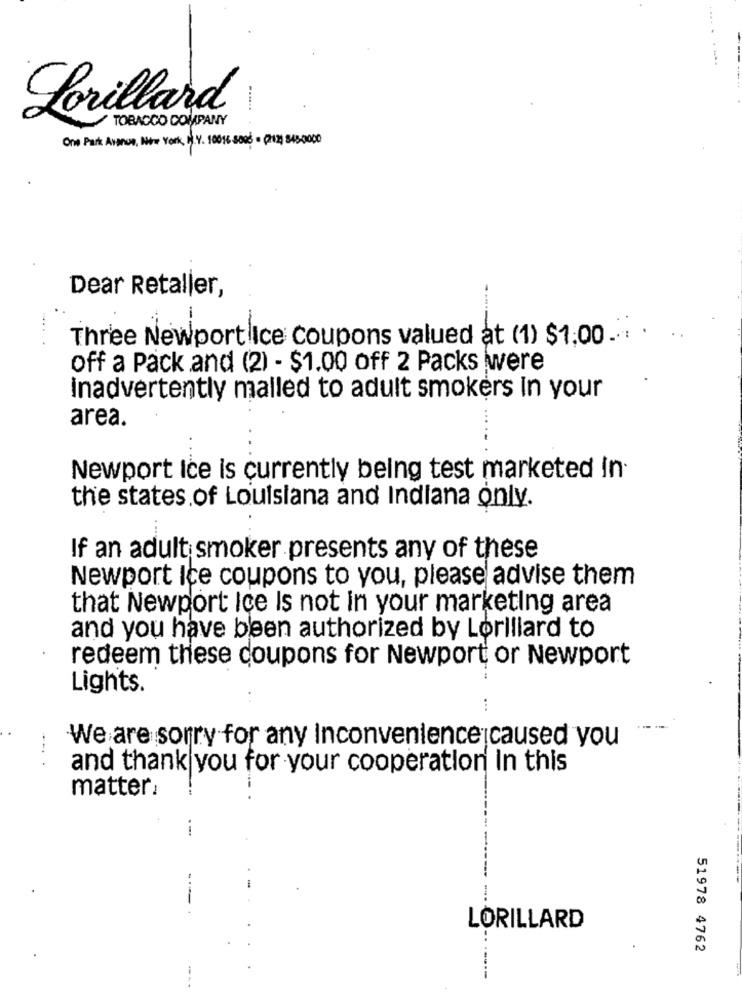
Lorillard
TOBACCO COMPANY
One Park Avenon, New York, N.Y. 10016 5006 = (212) 345,0000
Dear Retaller,
--
Three Newport Ice coupons valued at (1) $1:00 ...
off a Pack and (2) - $1.00 off 2 Packs were
Inadvertently malled to adult smokers In your
area.
Newport ice is currently being test marketed in
the states of Louisiana and Indiana only.
If an adult smoker presents any of these
Newport Ice coupons to you, please advise them
that Newport Ice Is not in your marketing area
and you have been authorized by Lorillard to
redeem these coupons for Newport or Newport
Lights.
We are sorry for any Inconvenience caused you
. .
and thank you for your cooperation In this
matter.
-.
.-.
LORILLARD
51978 4762
----